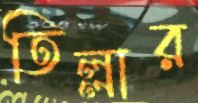
তিল্লার